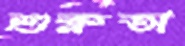
শুক্লতা